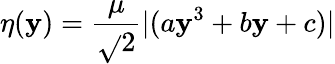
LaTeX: \eta(\mathbf{y})=\frac{{\mu}}{{\sqrt{}{{2}}}}|(a\mathbf{y}^{3}+b\mathbf{y}+c)|